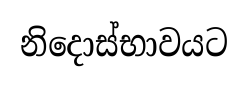
නිදොස්භාවයට